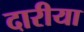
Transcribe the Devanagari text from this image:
दारीया